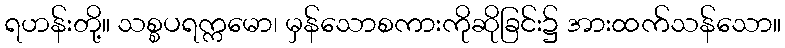
ရဟန်းတို့။ သစ္စပရက္ကမော၊ မှန်သောစကားကိုဆိုခြင်း၌ အားထက်သန်သော။